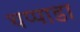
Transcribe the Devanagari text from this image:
थप्पाडा